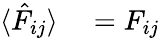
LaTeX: \begin{array}{rl}{\langle\hat{F}_{ij}\rangle}&{{}=F_{ij}}\end{array}